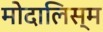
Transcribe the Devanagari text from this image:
मोदालिस्म